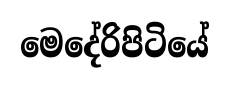
මෙදේරිපිටියේ